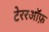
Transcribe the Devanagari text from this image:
टेररऑफ़